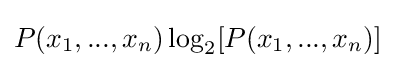
P(x_{1},...,x_{n})\log _{2}[P(x_{1},...,x_{n})]